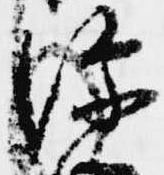
深